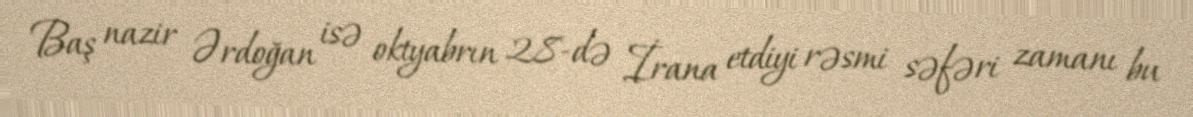
Baş nazir Ərdoğan isə oktyabrın 28-də İrana etdiyi rəsmi səfəri zamanı bu